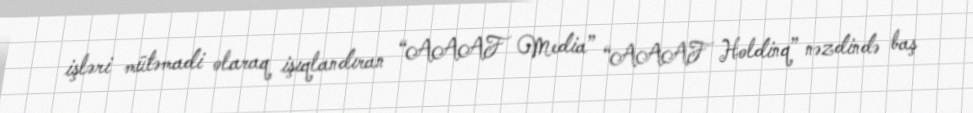
işləri mütəmadi olaraq işıqlandıran “AAAF Media” “AAAF Holdinq” nəzdində baş